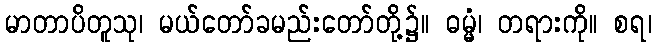
မာတာပိတူသု၊ မယ်တော်ခမည်းတော်တို့၌။ ဓမ္မံ၊ တရားကို။ စရ၊